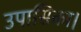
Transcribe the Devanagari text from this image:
उपासिका।